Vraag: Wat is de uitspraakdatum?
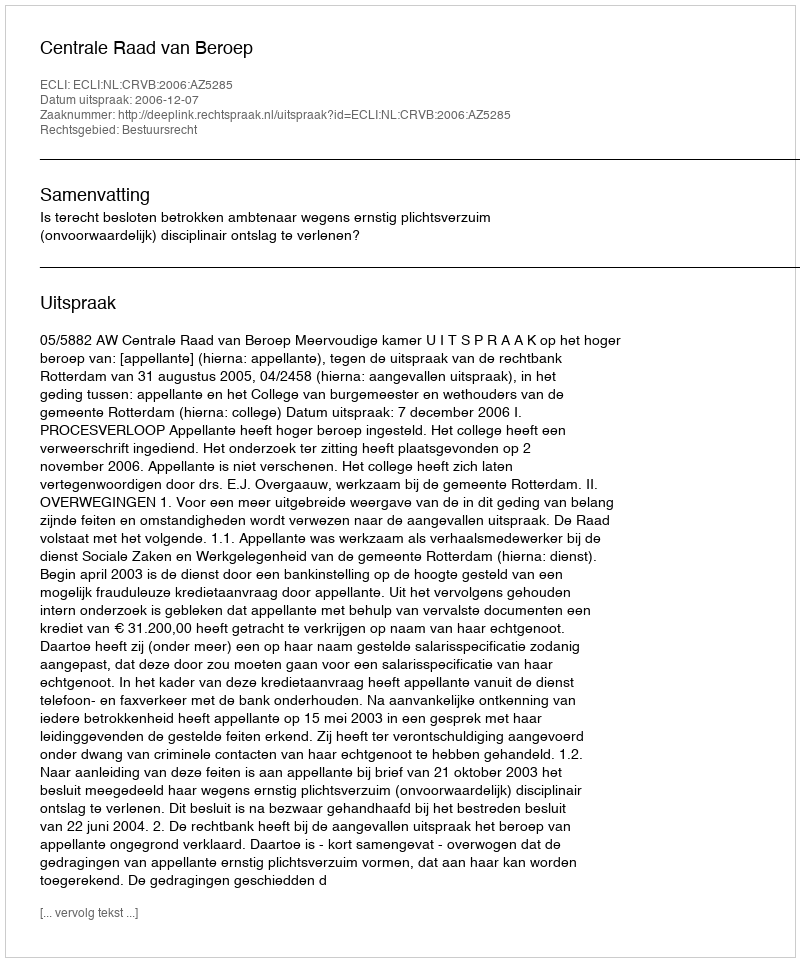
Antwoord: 2006-12-07